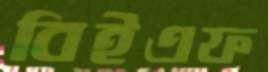
বিইএফ